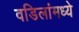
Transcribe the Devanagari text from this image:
वडिलांमध्ये